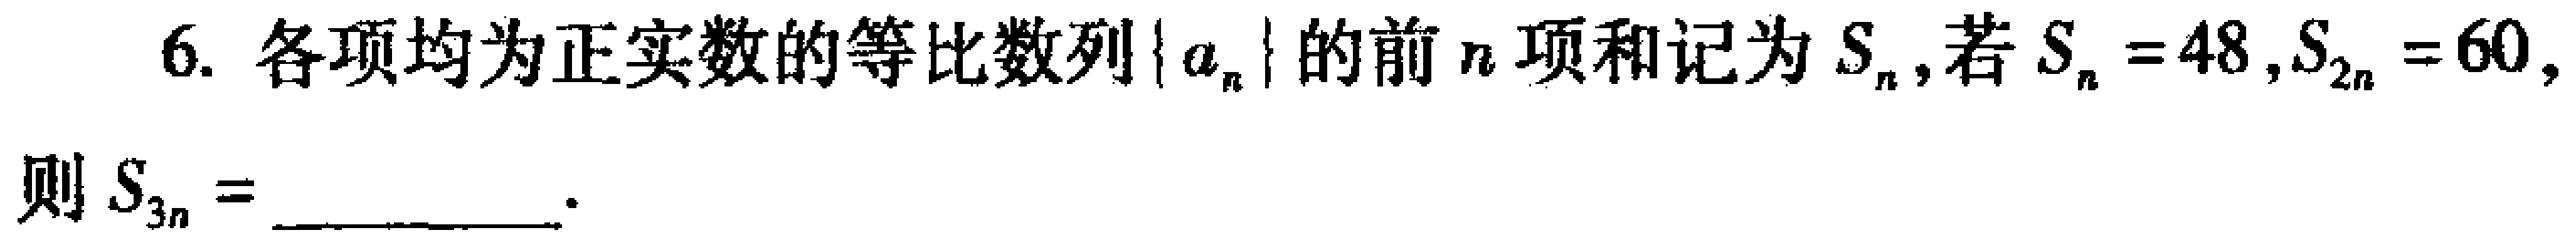
6. 各项均为正实数的等比数列\(\{ a_{n}\}\)的前\(n\)项和记为\(S_{n}\),若\(S_{n}=48,S_{2n}=60,\)

则\(S_{3n}=\) __________.